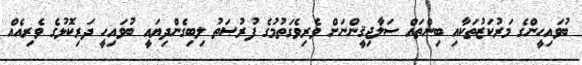
ބުވައިހީންގެ މަރުކަޒުތަކާއި ބިންތައް ސަލާޖިޤީންނަށް ވެރިވެގަތުމުގެ ފުރުޞަތު ލިބިގެންދިޔައީ ބުވައިހީ ދަރިކޮޅުގެ ވެރިއެއް